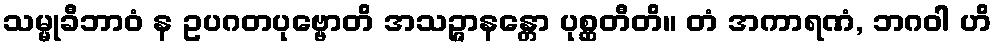
သမ္မုခီဘာဝံ န ဥပဂတပုဗ္ဗောတိ အသဉ္ဇာနန္တော ပုစ္ဆတီတိ။ တံ အကာရဏံ, ဘဂဝါ ဟိ